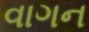
વાગન